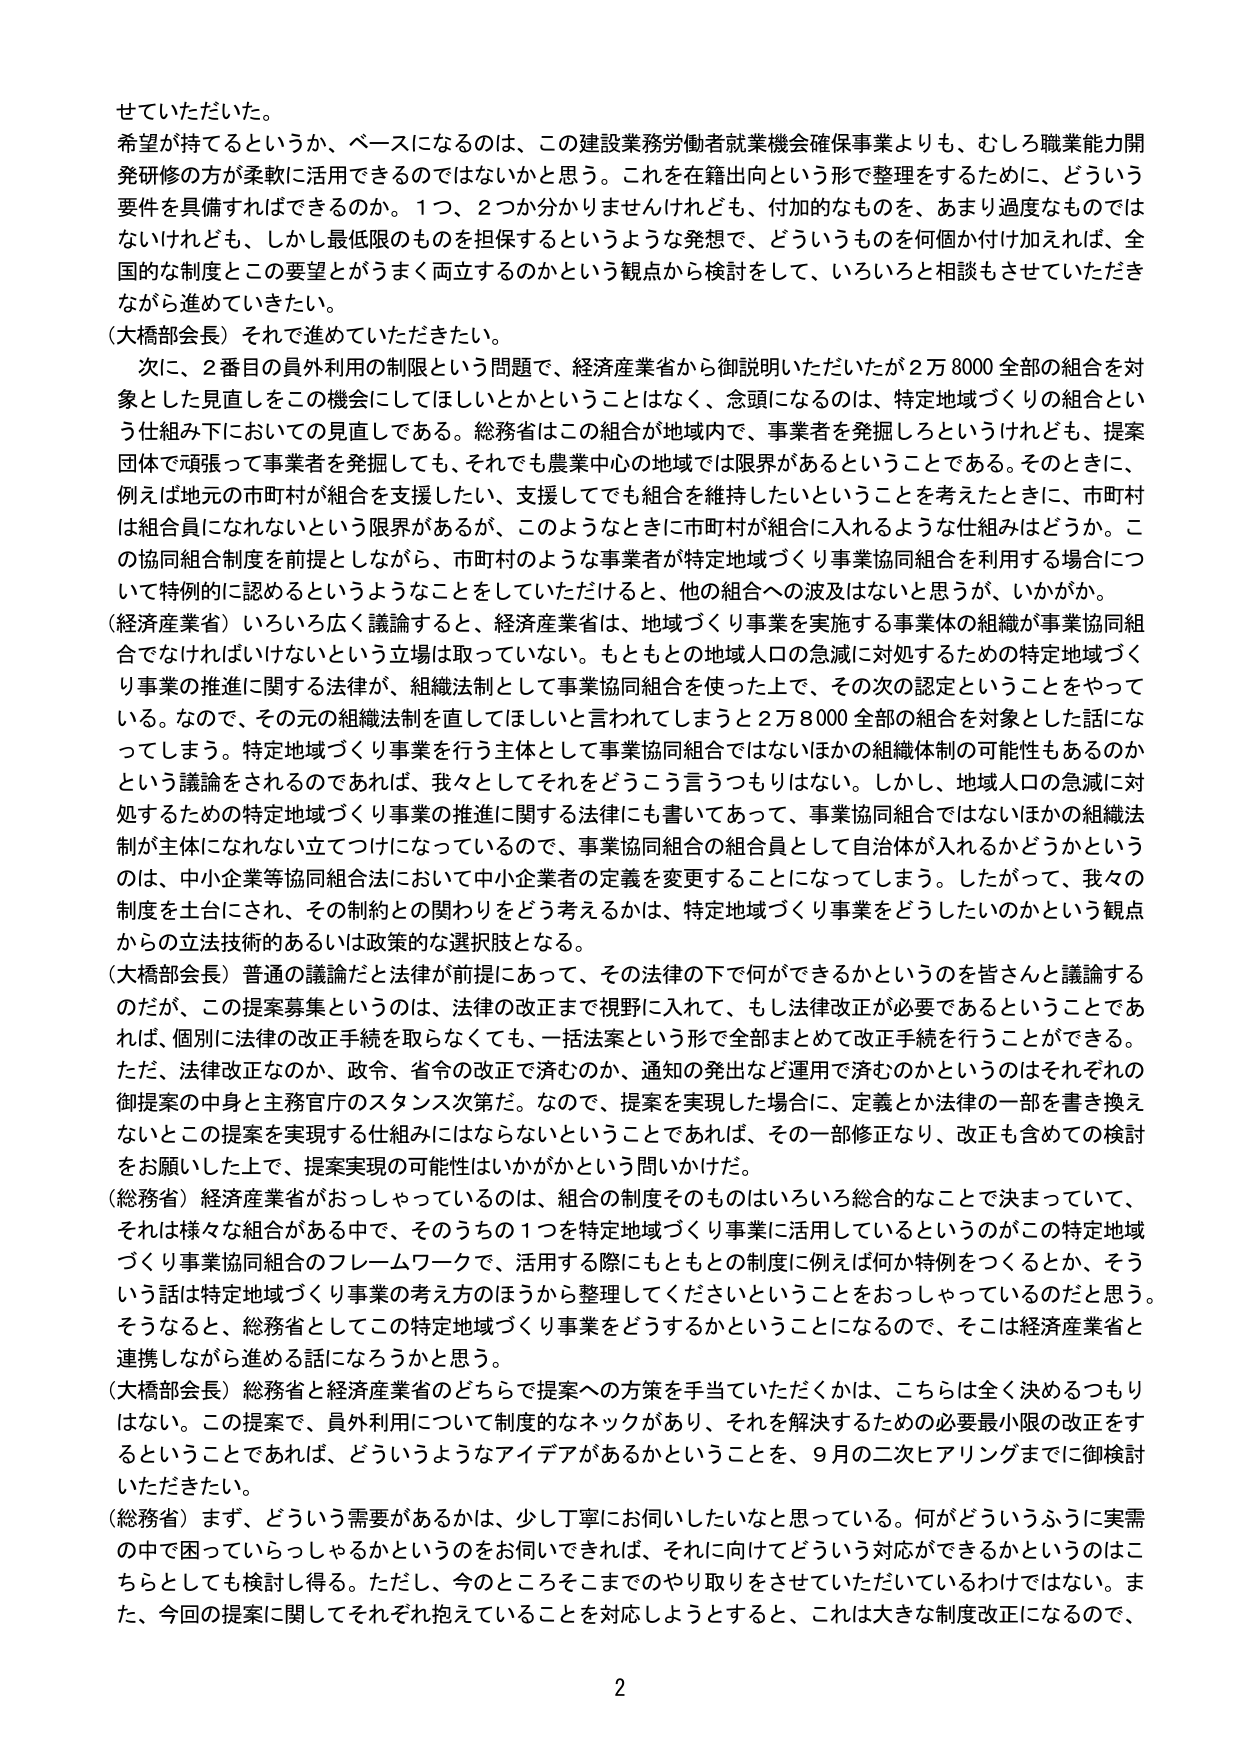
せていただいた。
希望が持てるというか、ベースになるのは、この建設業務労働者就業機会確保事業よりも、むしろ職業能力開発研修の方が柔軟に活用できるのではないかと思う。これを在籍出向という形で整理をするために、どういう要件を具備すればできるのか。１つ、２つか分かりませんけれども、付加的なものを、あまり過度なものではないけれども、しかし最低限のものを担保するというような発想で、どういうものを何個か付け加えれば、全国的な制度とこの要望とがうまく両立するのかという観点から検討をして、いろいろと相談もさせていただきながら進めていきたい。
（大橋部会長）それでは進めていただきたい。
　次に、２番目の員外利用の制限という問題で、経済産業省から御説明いただいたが２万８０００全部の組合を対象とした見直しをこの機会にしてほしいとかということはなく、念頭になるのは、特定地域づくりの組合という仕組み下においての見直しである。総務省はこの組合が地域内で、事業者を発掘しろというけれども、提案団体で頑張って事業者を発掘しても、それでも農業中心の地域では限界があるということである。そのときに、例えば地元の市町村が組合を支援したい、支援してでも組合を維持したいということを考えたときに、市町村は組合員になれないという限界があるが、このようなときに市町村が組合に入れるような仕組みはどうか。この協同組合制度を前提としながら、市町村のような事業者が特定地域づくり事業協同組合を利用する場合について特例的に認めるというようなことをしていただけると、他の組合への波及はないと思うが、いかがか。
（経済産業省）いろいろ広く議論すると、経済産業省は、地域づくり事業を実施する事業体の組織が事業協同組合でなければならないという立場は取っていない。もともとの地域人口の急減に対処するための特定地域づくり事業の推進に関する法律が、組織法制として事業協同組合を使った上で、その次の認定ということをやっている。なので、その元の組織法制を直してほしいと言われてしまうと２万８０００全部の組合を対象とした話になってしまう。特定地域づくり事業を行う主体として事業協同組合ではないほかの組織体制の可能性もあるのかという議論をされるのであれば、我々としてそれをどうこう言うつもりはない。しかし、地域人口の急減に対処するための特定地域づくり事業の推進に関する法律にも書いてあって、事業協同組合ではないほかの組織法制が主体になれない立つつけになっているので、事業協同組合の組合員として自治体が入れるかどうかというのは、中小企業等協同組合法において中小企業者の定義を変更することになってしまう。したがって、我々の制度を土台にされ、その制約との関わりをどう考えるかは、特定地域づくり事業をどうしたいのかという観点からの立法技術的あるいは政策的な選択肢となる。
（大橋部会長）普通の議論だと法律が前提にあって、その法律の下で何ができるかというのを皆さんと議論するのだが、この提案募集というのは、法律の改正まで視野に入れて、もし法律改正が必要であるということであれば、個別に法律の改正手続を取らなくても、一括法案という形で全部まとめて改正手続を行うことができる。ただ、法律改正なのか、政令、省令の改正で済むのか、通知の発出など運用で済むのかというのはそれぞれの御提案の中身と主管官庁のスタンス次第だ。なので、提案を実現した場合に、定義とか法律の一部を書き換えないとこの提案を実現する仕組みにはならないということであれば、その一部修正なり、改正も含めての検討をお願いした上で、提案実現の可能性はいかがかという問いかけだ。
（総務省）経済産業省がおっしゃっているのは、組合の制度そのものはいろいろ総合的なことで決まっていて、それは様々な組合がある中で、そのうちの１つを特定地域づくり事業に活用しているというのがこの特定地域づくり事業協同組合のフレームワークで、活用する際にもともとの制度に例えば何か特例をつくるとか、そういう話は特定地域づくり事業の考え方のほうから整理してくださいということをおっしゃっているのだと思う。そうなると、総務省としてこの特定地域づくり事業をどうするかということになるので、そこは経済産業省と連携しながら進める話になろうかと思う。
（大橋部会長）総務省と経済産業省のどちらで提案への方策を手当ていただくかは、こちらは全く決めるつもりはない。この提案で、員外利用について制度的なネックがあり、それを解決するための必要最小限の改正をするということであれば、どういうようなアイデアがあるかということを、９月の二次ヒアリングまでに御検討いただきたい。
（総務省）まず、どういう需要があるかは、少し丁寧にお伺いしたいなと思っている。何がどういうふうに実需の中で困っていらっしゃるかというのをお伺いできれば、それに向けてどういう対応ができるかというのはこちらとしても検討し得る。ただし、今のところそこまでのやり取りをさせていただいているわけではない。また、今回の提案に関してそれぞれ抱えていることを対応しようとするとき、これは大きな制度改正になるので、
2